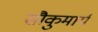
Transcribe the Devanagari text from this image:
सौकुमार्य